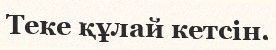
Теке құлай кетсін.